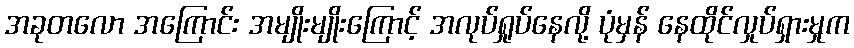
အခုတလော အကြောင်း အမျိုးမျိုးကြောင့် အလုပ်ရှုပ်နေလို့ ပုံမှန် နေထိုင်လှုပ်ရှားမှုက